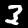
Label: 3